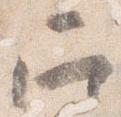
召